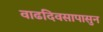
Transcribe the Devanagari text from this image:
वाढदिवसापासुन